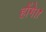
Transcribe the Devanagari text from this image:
होंगे।।